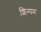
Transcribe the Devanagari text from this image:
शिल्पम